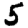
Digit: 5